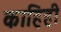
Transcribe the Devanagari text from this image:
काहिही